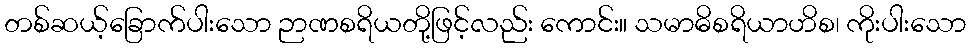
တစ်ဆယ့်ခြောက်ပါးသော ဉာဏစရိယတို့ဖြင့်လည်း ကောင်း။ သမာဓိစရိယာဟိစ၊ ကိုးပါးသော